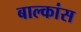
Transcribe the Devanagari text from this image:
बाल्कांस